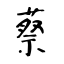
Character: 蔡